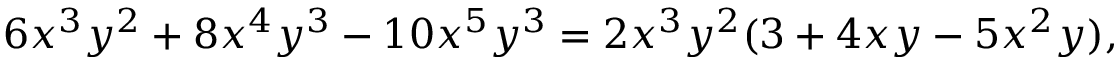
6 x ^ { 3 } y ^ { 2 } + 8 x ^ { 4 } y ^ { 3 } - 1 0 x ^ { 5 } y ^ { 3 } = 2 x ^ { 3 } y ^ { 2 } ( 3 + 4 x y - 5 x ^ { 2 } y ) ,